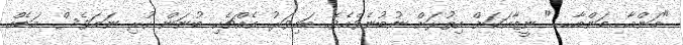
"މަންމާ....މަންމާ....." ނީޒާއަކަށް އިތުރަށް ނުބުނެވެއެވެ. ބައިވަރު އެއްޗެހި ބުނަން ހުރި ނަމަވެސް އަޑެއް